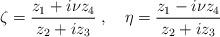
LaTeX: \begin{align*}\zeta=\frac{z_1+i\nu z_4}{z_2+i z_3}\;,\quad \eta=\frac{z_1-i\nu z_4}{z_2+i z_3}\end{align*}